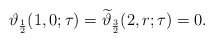
\begin{align*}\vartheta_{\frac12}(1,0;\tau)=\widetilde{\vartheta}_{\frac32}(2,r;\tau)=0.\end{align*}